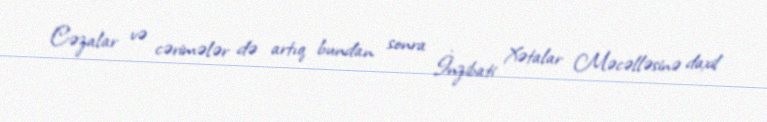
Cəzalar və cərimələr də artıq bundan sonra İnzibati Xətalar Məcəlləsinə daxil